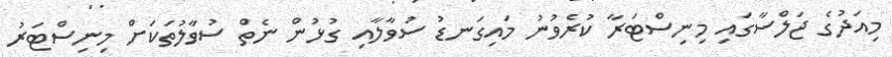
މިއަދުގެ ޖަލްސާގައި މިނިސްޓަރާ ކުރެވުނު މައިގަނޑު ސުވާލާއި ގުޅުން ނެތް ސުވާލުތަކަށް މިނިސްޓަރު